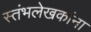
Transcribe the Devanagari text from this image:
स्तंभलेखकांना